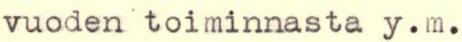
vuoden toiminnasta y.m.